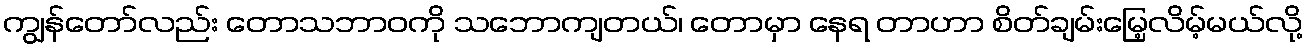
ကျွန်တော်လည်း တောသဘာဝကို သဘောကျတယ်၊ တောမှာ နေရ တာဟာ စိတ်ချမ်းမြေ့လိမ့်မယ်လို့